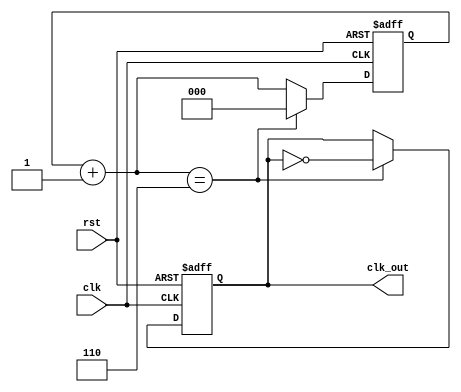
module clk_div_3
#( 
parameter WIDTH = 3, 
parameter [WIDTH-1:0] N = 6
)
(clk,rst, clk_out);
	input clk;
	input rst;
	output clk_out;
	reg [WIDTH-1:0] r_reg;
	wire [WIDTH-1:0] r_nxt;
	reg clk_track;
	always @(posedge clk or posedge rst)
	begin
	  if (rst)
		 begin
			r_reg <= 0;
		clk_track <= 1'b0;
		 end
	  else if (r_nxt == N)
		   begin
			 r_reg <= 0;
			 clk_track <= ~clk_track;
		   end
	  else 
		  r_reg <= r_nxt;
	end
	assign r_nxt = r_reg+1;   	      
	assign clk_out = clk_track;
endmodule